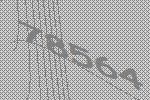
78564